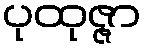
ပုထုဇ္ဇာ